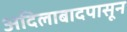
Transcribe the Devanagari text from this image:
अदिलाबादपासून